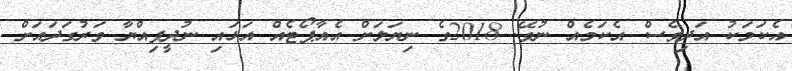
އެކަމަކު އަދިވެސް އެކަމެއް ނުވޭ. 2018ގެ ނިޔަލަށް އެއާޕޯޓެއް އަޅައި ނުދީފިއްޔާ ވަރުގަދައަށް